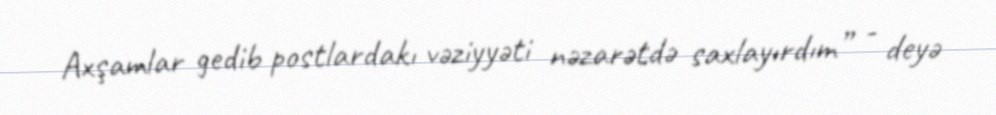
Axşamlar gedib postlardakı vəziyyəti nəzarətdə saxlayırdım” - deyə